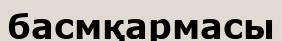
басмқармасы